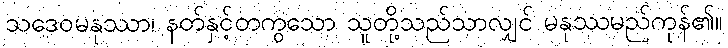
သဒေဝမနုဿာ၊ နတ်နှင့်တကွသော သူတို့သည်သာလျှင် မနုဿမည်ကုန်၏။